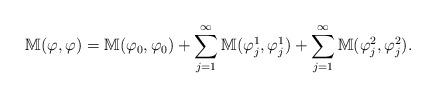
LaTeX: \begin{align*}{\mathbb M}(\varphi,\varphi)= {\mathbb M} (\varphi_0,\varphi_0)+ \sum_{j=1}^{\infty}{\mathbb M}(\varphi_j^1,\varphi_j^1)+\sum_{j=1}^{\infty}{\mathbb M}(\varphi_j^2,\varphi_j^2). \end{align*}